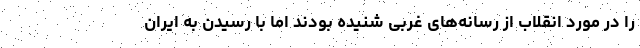
را در مورد انقلاب از رسانه‌های غربی شنیده بودند اما با رسیدن به ایران